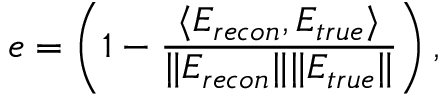
e = \left( 1 - \frac { \langle E _ { r e c o n } , E _ { t r u e } \rangle } { \| E _ { r e c o n } \| \| E _ { t r u e } \| } \right) ,